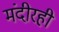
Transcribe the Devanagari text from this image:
मंदीरही